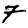
Digit: 7